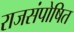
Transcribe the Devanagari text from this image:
राजसंपोषित